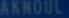
AKNOUL